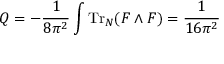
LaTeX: Q = - \frac { 1 } { 8 \pi ^ { 2 } } \int \mathrm { T r } _ { N } ( F \wedge F ) = \frac { 1 } { 1 6 \pi ^ { 2 } }